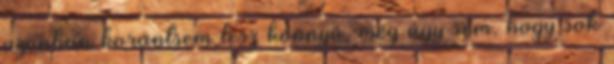
azonban korántsem lesz könnyű, még úgy sem, hogy sok